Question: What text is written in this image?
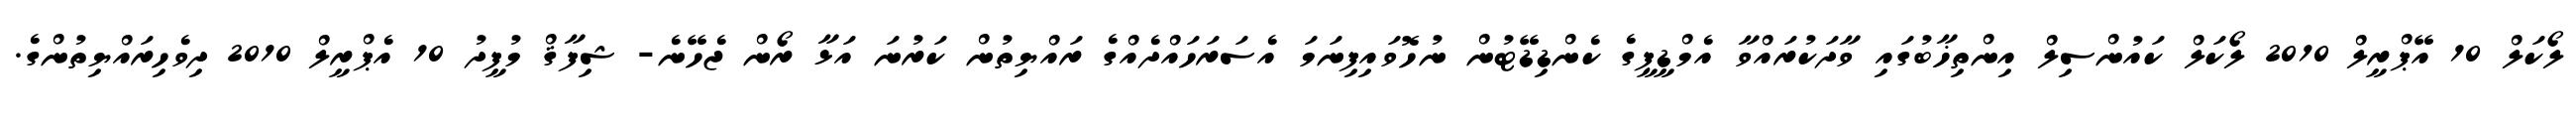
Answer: ލޯކަލް 10 އޭޕްރީލް 2010 ލޯކަލް ކައުންސިލް އިންތިޚާބުގައި ވާދަކުރައްވާ އެމްޑީޕީގެ ކެންޑިޑޭޓުން ނުހޮވައިފިނަމަ އެސަރަހައްދެއްގެ ރައްޔިތުން ކަރުނަ އަޅާ ރޯން ޖެހޭނެ- ޝިފާޤް މުފީދު 10 އެޕްރީލް 2010 ދިވެހިރައްޔިތުންގެ.